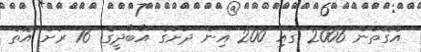
އެގޮތުން 2006 ގައި 200 އިން ދަށުގެ އާބާދީގެ 16 ރަށް އޮތް